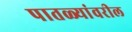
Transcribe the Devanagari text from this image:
पातळ्यांवरील